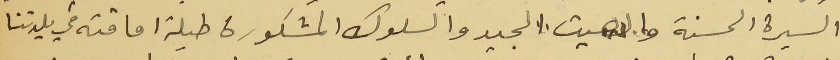
السيرة الحسنة والصيت الجيد والسلوك المشكورة طيلة اماقته في بلدتنا